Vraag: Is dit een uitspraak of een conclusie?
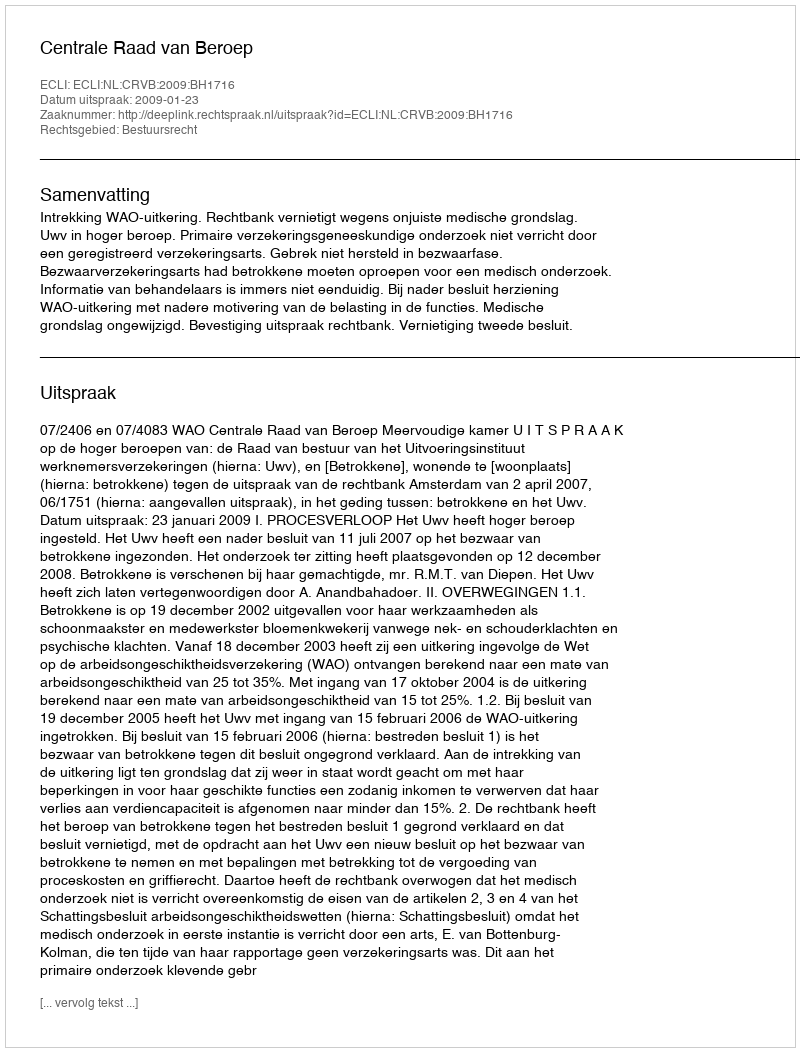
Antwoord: Uitspraak